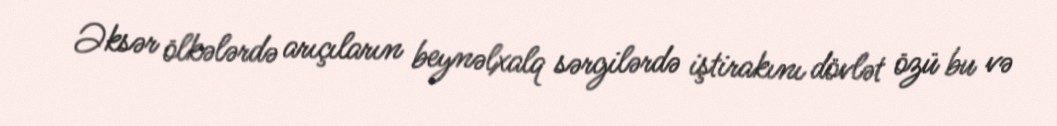
Əksər ölkələrdə arıçıların beynəlxalq sərgilərdə iştirakını dövlət özü bu və